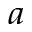
^ a